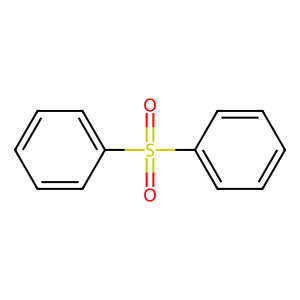
SMILES: O=S(=O)(c1ccccc1)c1ccccc1
Inhibits HIV replication: Yes